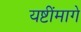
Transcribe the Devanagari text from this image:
यष्टींमागे